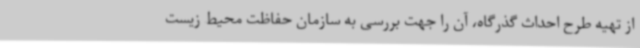
از تهیه طرح احداث گذرگاه، آن را جهت بررسی به سازمان حفاظت محیط زیست